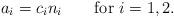
LaTeX: \begin{align*}a_i = c_i n_i \qquad \textrm{for $i=1,2$}.\end{align*}